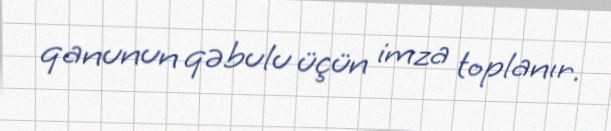
qanunun qəbulu üçün imza toplanır.